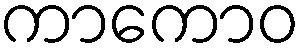
ကာကောဝ